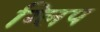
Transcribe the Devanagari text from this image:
ग्लिप